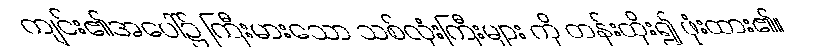
ကျင်း၏အပေါ်၌ ကြီးမားသော သစ်လုံးကြီးများ ကို တန်းထိုး၍ ဖုံးထား၏။